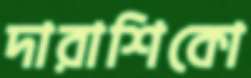
দারাশিকো